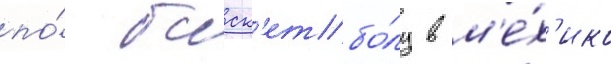
по́ баск'етбо́лу в м'е́х'ико